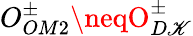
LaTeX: O_{OM2}^{\pm}\neqO_{D\mathscr{K}}^{\pm}